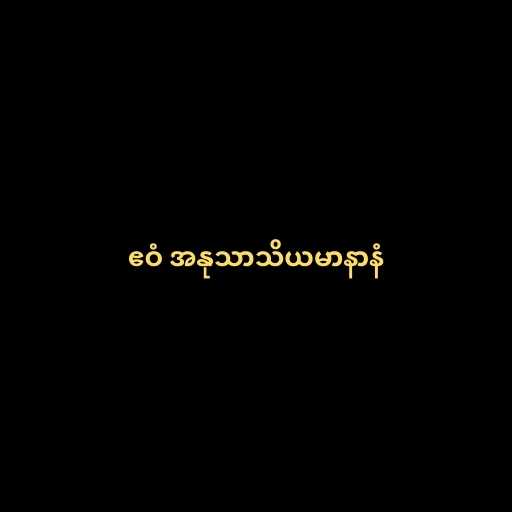
ဧဝံ အနုသာသိယမာနာနံ